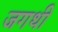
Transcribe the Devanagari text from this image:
जगथी